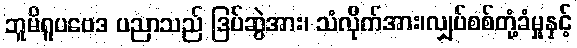
ဘူမိရူပဗေဒ ပညာသည် ဒြပ်ဆွဲအား၊ သံလိုက်အား၊လျှပ်စစ်တုံ့ခံမှုနှင့်